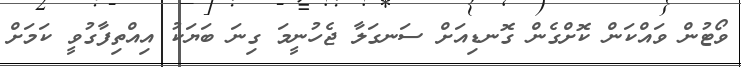
ވޯޓުން ވައްކަން ކޮށްގެން ގޮނޑިއަށް ސަނގަލާ ޖެހުނީމަ ގިނަ ބަޔަކު އިއްތިފާގުވީ ކަމަށް